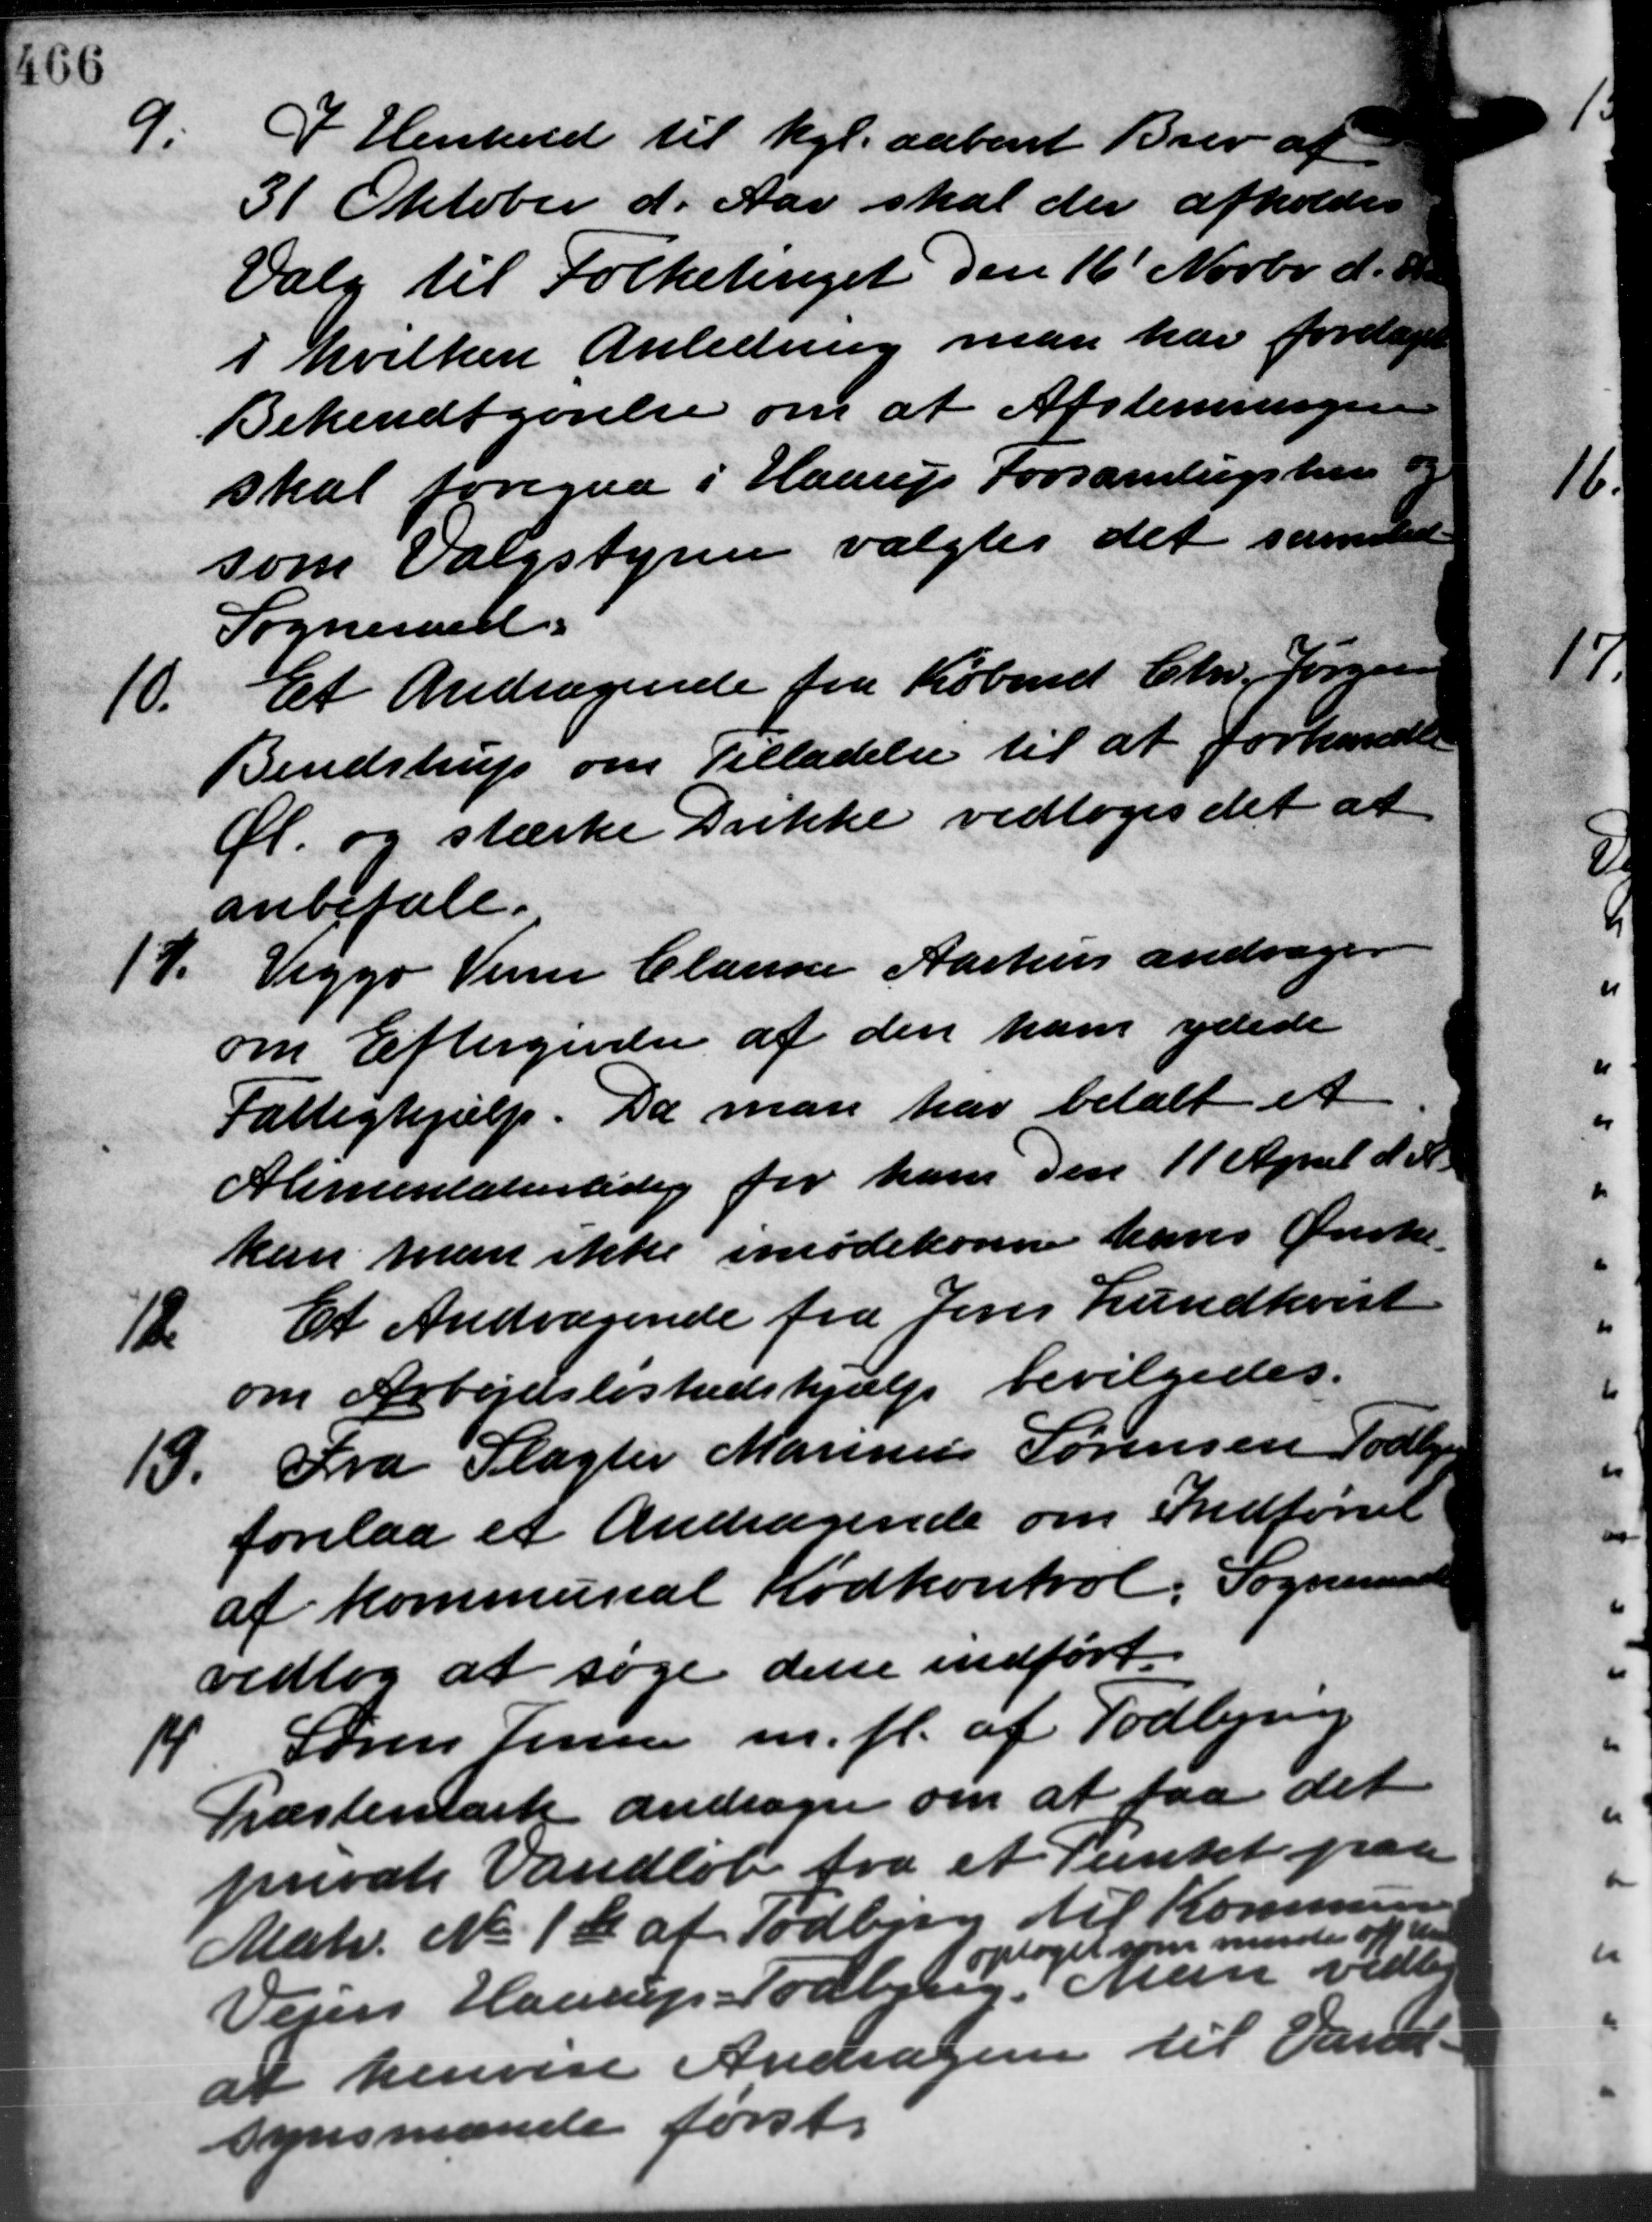
Transskription:
9.
I Henhold til kgl. aabent Brev af
31 Oktober d. Aar skal der afholdes
Valg til Folketinget den 16´ Novbr. d. 18
i hvilken Anledning man har foretages
Bekendtgørelse om at Afstemningen
skal foregaa i Haarup Forsamlingshus og
som Valgstyrer valgtes det samlede
Sogneraad.
10.
Et Andragende fra Købmd Chr. Jørgensen
Bendstrup om Tilladelse til at forhandle
Øl. og stærke Drikke vedtoges det at
anbefale.
17.
Viggo Venne Clausen Aarhus andrager
om Eftergivelse af den ham ydede
Fattighjælp. Da man har betalt et
Alimentatiortidig for ham den 11 April d. A.
kan man ikke imødekone haves Ønske
12
Et Andragende fra Jens Lundkvist
om Arbejdsløshedshjælp bevilgedes.
13.
Fra Slagter Marinus Sørensen Todbjer
forelaa et Andragende om Indførsel
af kommunal Kødkontrol. Sogneraad
vedtog at søge dette indført.
14
Søren Jensen m. fl. af Todbjerg
Præstemark andrager om at faa det
private Vandløb fra et Punkt paa
Matr. No. 1b af Todbjerg til Kommunen
Vejen Haarup Todbjerg. Man vedtog
optaget som mente af den
at henvise Andrager til Vand –
synsmænde først